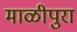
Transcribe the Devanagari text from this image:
माळीपुरा